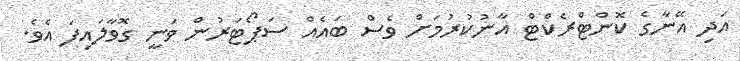
އަދި އޭނާގެ ކޮންޓްރެކްޓް އާނުކުރުމަށް ވެސް ބައެއް ސަޕޯޓަރުން ވަނީ ގޮވާލައިފަ އެވެ.